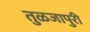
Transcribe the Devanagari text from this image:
तुळजापुरी